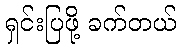
ရှင်းပြဖို့ ခက်တယ်